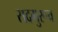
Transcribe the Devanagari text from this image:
सदगुरूच